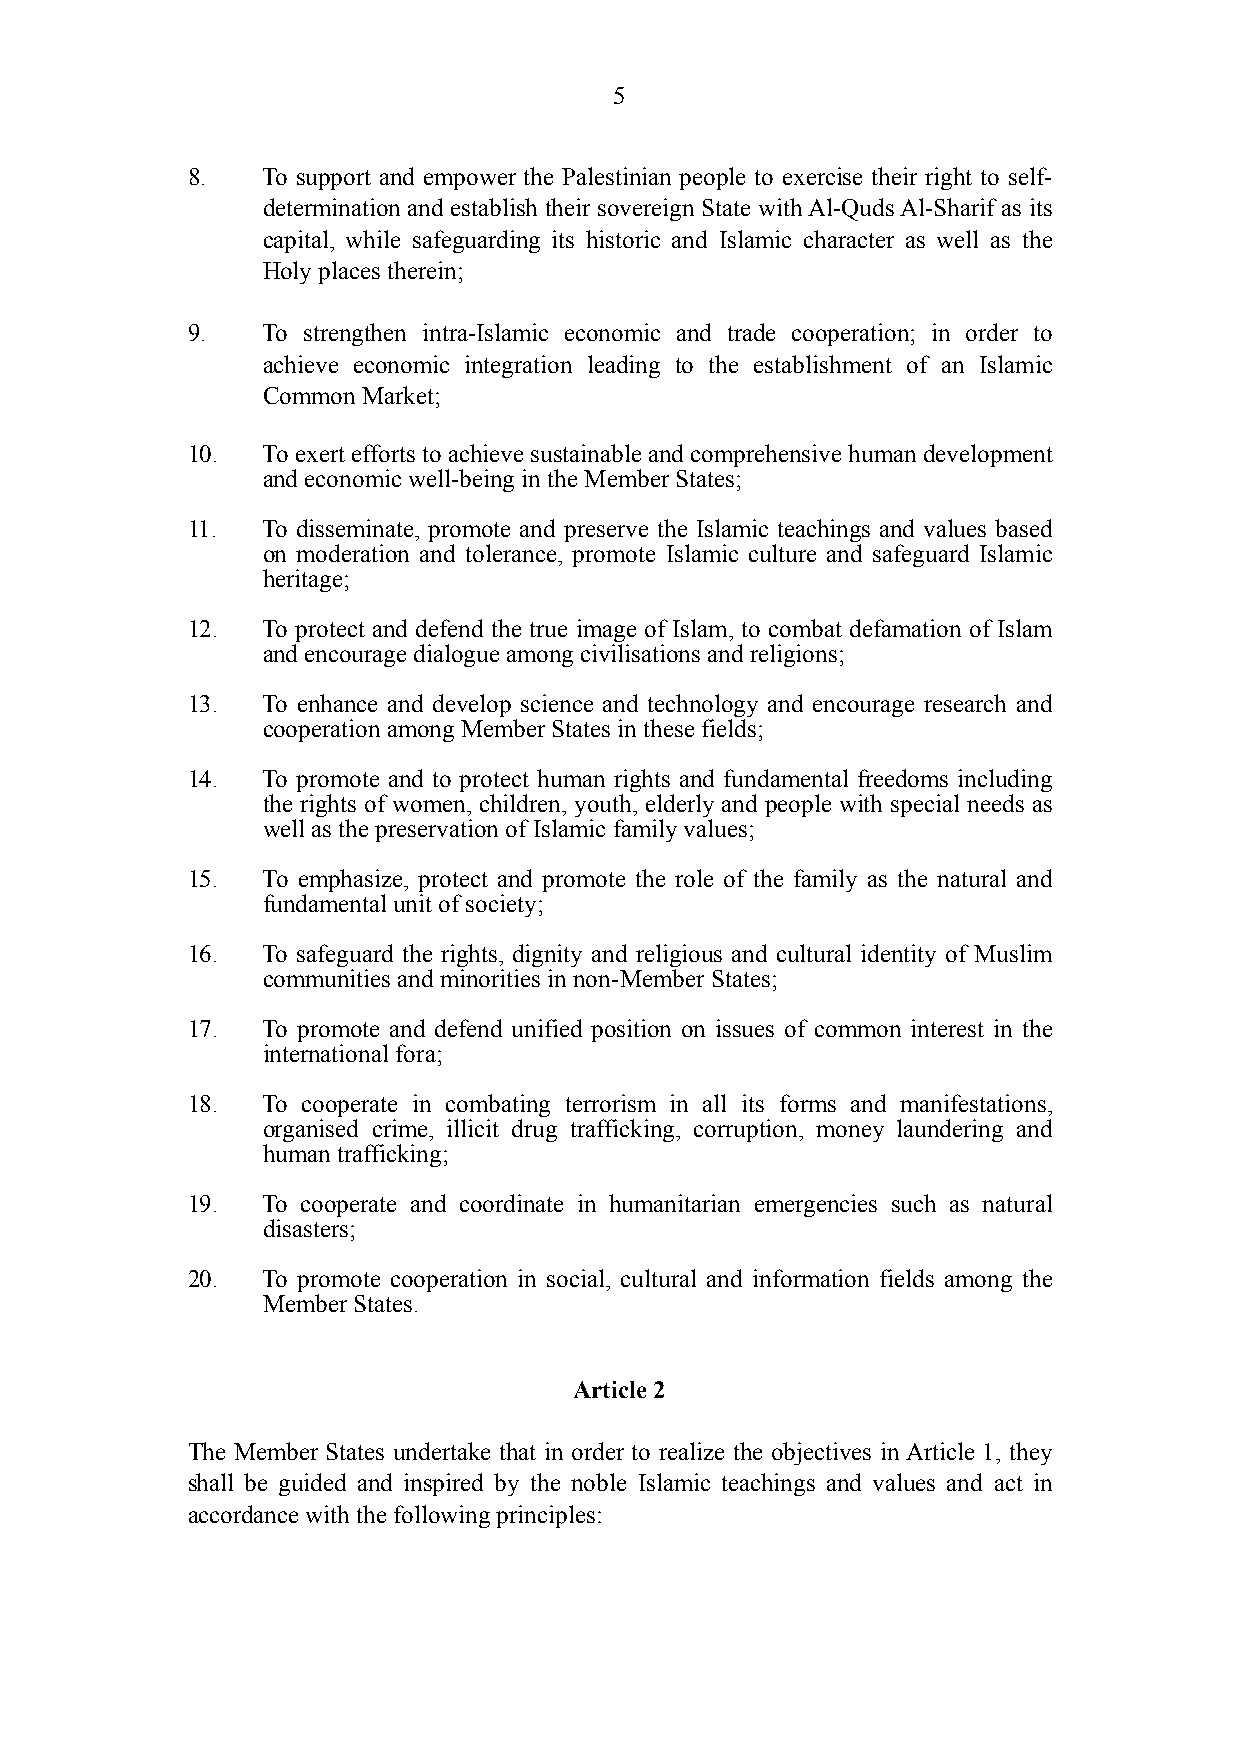
!5
 8.   To support and empower the Palestinian people to exercise their right to self-
 determination and establish their sovereign State with Al-Quds Al-Sharif as its
 capital, while safeguarding its historic and Islamic character as well as the
 Holy places therein;
 9.   To strengthen intra-Islamic economic and trade cooperation; in order to
 achieve economic integration leading to the establishment of an Islamic
 Common Market;
 10.  To exert efforts to achieve sustainable and comprehensive human development
 and economic well-being in the Member States;
 11.  To disseminate, promote and preserve the Islamic teachings and values based
 on moderation and tolerance, promote Islamic culture and safeguard Islamic
 heritage;
 12.  To protect and defend the true image of Islam, to combat defamation of Islam
 and encourage dialogue among civilisations and religions;
 13.  To enhance and develop science and technology and encourage research and
 cooperation among Member States in these fields;
 14.  To promote and to protect human rights and fundamental freedoms including
 the rights of women, children, youth, elderly and people with special needs as
 well as the preservation of Islamic family values;
 15.  To emphasize, protect and promote the role of the family as the natural and
 fundamental unit of society;
 16.  To safeguard the rights, dignity and religious and cultural identity of Muslim
 communities and minorities in non-Member States;
 17.  To promote and defend unified position on issues of common interest in the
 international fora;
 18.  To cooperate in combating terrorism in all its forms and manifestations,
 organised crime, illicit drug trafficking, corruption, money laundering and
 human trafficking;
 19.  To cooperate and coordinate in humanitarian emergencies such as natural
 disasters;
 20.  To promote cooperation in social, cultural and information fields among the
 Member States.
 Article 2
 The Member States undertake that in order to realize the objectives in Article 1, they
 shall be guided and inspired by the noble Islamic teachings and values and act in
 accordance with the following principles: